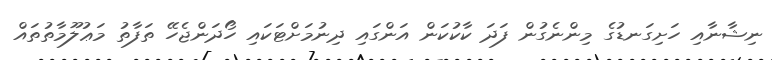
ނިޝާނާއި ހަށިގަނޑުގެ މިންނެގުން ފަދަ ކާކުކަން އަންގައި ދިނުމަށްޓަކައި ހޯދަންޖެހޭ ތަފާތު މަޢުލޫމާތުތައް